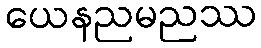
ယေနညမညဿ